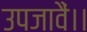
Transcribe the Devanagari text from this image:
उपजावैं।।